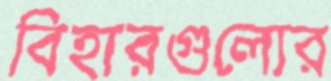
বিহারগুলোর